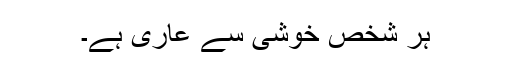
ہر شخص خوشی سے عاری ہے۔